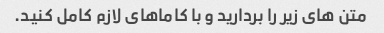
متن های زیر را بردارید و با کاماهای لازم کامل کنید.